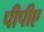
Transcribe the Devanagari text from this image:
पीपीए